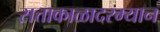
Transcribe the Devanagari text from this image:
सत्ताकाळादरम्यान